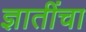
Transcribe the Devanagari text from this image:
ज्ञातींचा